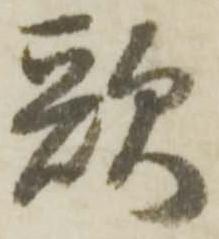
歌